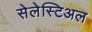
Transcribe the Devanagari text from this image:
सेलेस्टिअल